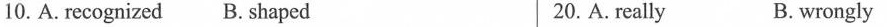
10. A. recognized B. shaped 20. A. really B. wrongly